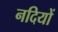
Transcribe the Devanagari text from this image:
नदियों